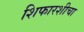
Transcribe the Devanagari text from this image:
शिफारशीचा